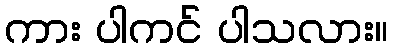
ကား ပါကင် ပါသလား။